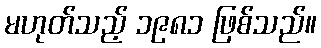
မဟုတ်သည့် ၁၉၈၁ ဖြစ်သည်။